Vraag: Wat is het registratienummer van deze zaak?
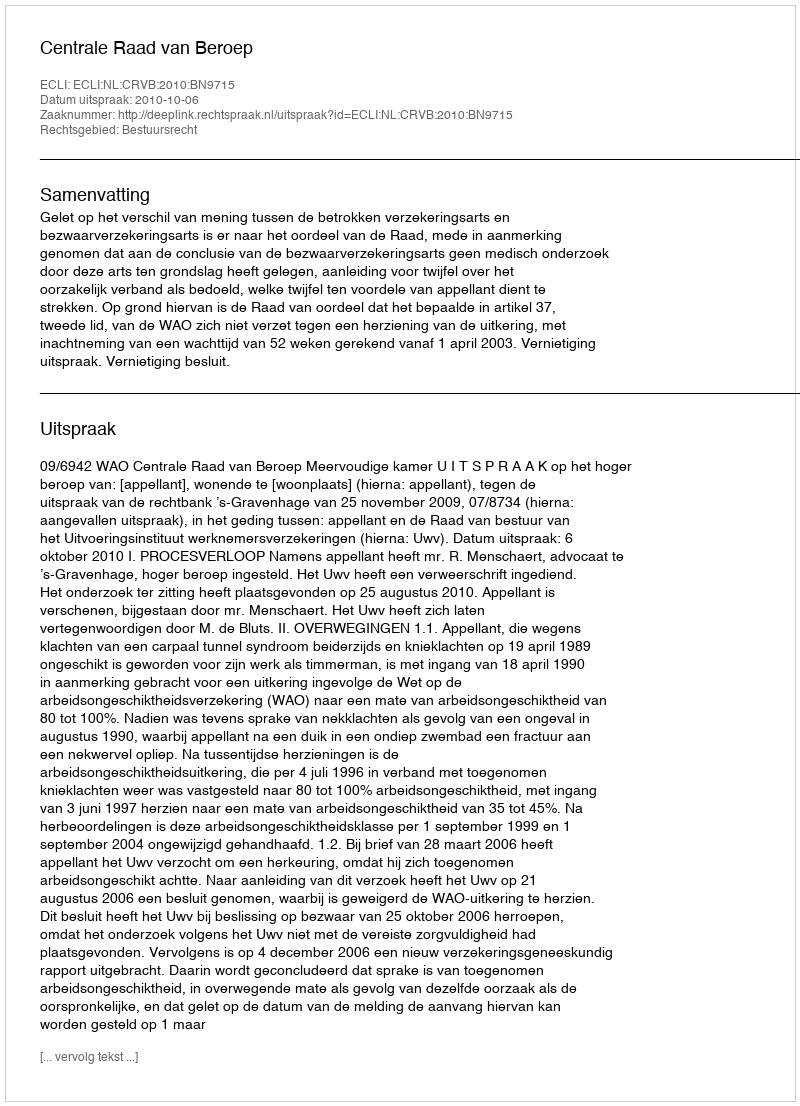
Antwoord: http://deeplink.rechtspraak.nl/uitspraak?id=ECLI:NL:CRVB:2010:BN9715